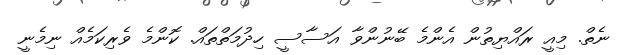
ނެތް. މިއީ ރައްޔިތުން އެންމެ ބޭނުންވާ އަސާސީ ހިދުމަތްތައް. ކޮންމެ ވެރިކަމެއް ނިމެނީ